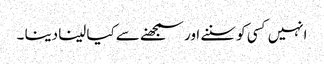
انہیں کسی کو سننے اور سمجھنے سے کیا لینا دینا ۔